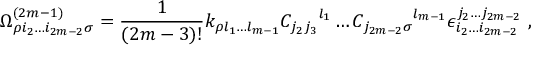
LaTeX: \Omega _ { \rho i _ { 2 } \ldots i _ { 2 m - 2 } \sigma } ^ { ( 2 m - 1 ) } = { \frac { 1 } { ( 2 m - 3 ) ! } } k _ { \rho l _ { 1 } \ldots l _ { m - 1 } } { C _ { j _ { 2 } j _ { 3 } } } ^ { l _ { 1 } } \ldots { C _ { j _ { 2 m - 2 } \sigma } } ^ { l _ { m - 1 } } \epsilon _ { i _ { 2 } \ldots i _ { 2 m - 2 } } ^ { j _ { 2 } \ldots j _ { 2 m - 2 } } \, \, ,